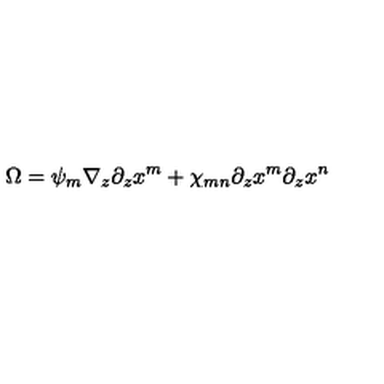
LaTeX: \Omega = \psi _ { m } \nabla _ { z } \partial _ { z } x ^ { m } + \chi _ { m n } \partial _ { z } x ^ { m } \partial _ { z } x ^ { n }